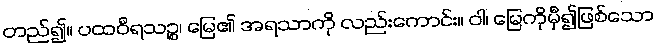
တည်၍။ ပထဝီရသဉ္စ၊ မြေ၏ အရသာကို လည်းကောင်း။ ဝါ၊ မြေကိုမှီ၍ဖြစ်သော